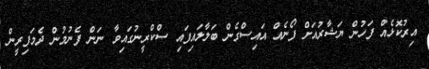
އިރުކޮޅެއް ފަހުން ޔަޝާރުއަށް ފޯނެއް އައިސްގެން ބަލާލައިފައި ސްކްރީނުގައިވާ ނަން ފެނުމުން ދެމަފިރީން